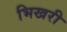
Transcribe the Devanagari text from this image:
भिखरी